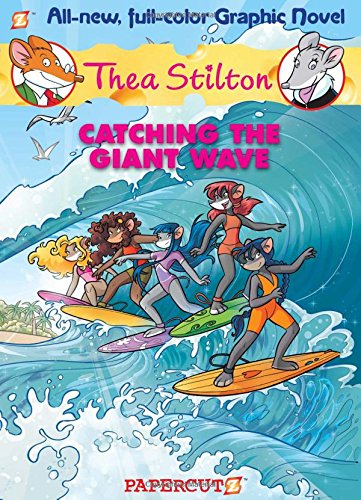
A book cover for Thea Stilton Graphic Novels #4: Catching the Giant Wave; Thea Stilton; Children's Books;